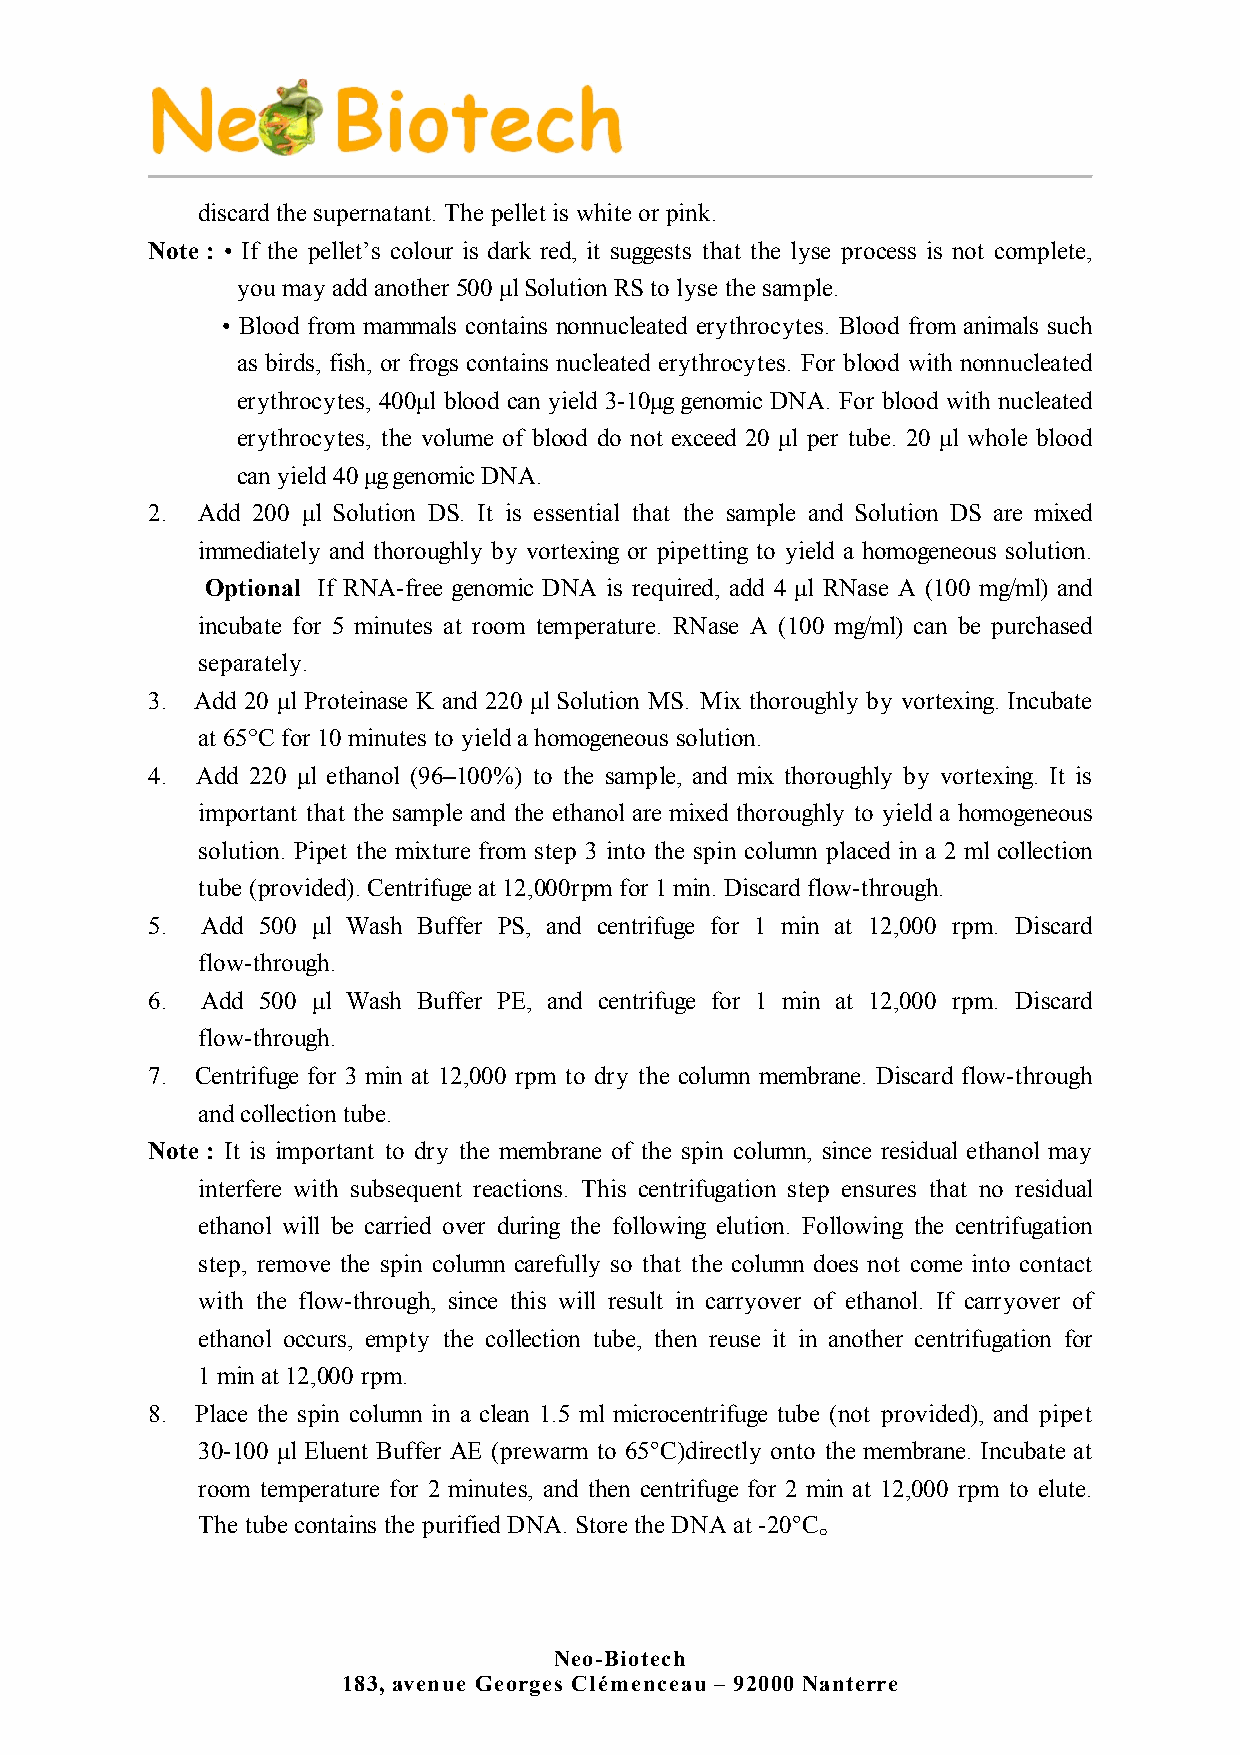
discard the supernatant. The pellet is white or pink.
 Note : • If the pellet’s colour is dark red, it suggests that the lyse process is not complete,
 you may add another 500 µl Solution RS to lyse the sample.
 • Blood from mammals contains nonnucleated erythrocytes. Blood from animals such
 as birds, fish, or frogs contains nucleated erythrocytes. For blood with nonnucleated
 erythrocytes, 400µl blood can yield 3-10µg genomic DNA. For blood with nucleated
 erythrocytes, the volume of blood do not exceed 20 µl per tube. 20 µl whole blood
 can yield 40 µg genomic DNA.
 2. Add 200 µl Solution DS. It is essential that the sample and Solution DS are mixed
 immediately and thoroughly by vortexing or pipetting to yield a homogeneous solution.
 Optional If RNA-free genomic DNA is required, add 4 µl RNase A (100 mg/ml) and
 incubate for 5 minutes at room temperature. RNase A (100 mg/ml) can be purchased
 separately.
 3. Add 20 µl Proteinase K and 220 µl Solution MS. Mix thoroughly by vortexing. Incubate
 at 65°C for 10 minutes to yield a homogeneous solution.
 4. Add 220 µl ethanol (96–100%) to the sample, and mix thoroughly by vortexing. It is
 important that the sample and the ethanol are mixed thoroughly to yield a homogeneous
 solution. Pipet the mixture from step 3 into the spin column placed in a 2 ml collection
 tube (provided). Centrifuge at 12,000rpm for 1 min. Discard flow-through.
 5. Add 500 µl Wash Buffer PS, and centrifuge for 1 min at 12,000 rpm. Discard
 flow-through.
 6. Add 500 µl Wash Buffer PE, and centrifuge for 1 min at 12,000 rpm. Discard
 flow-through.
 7. Centrifuge for 3 min at 12,000 rpm to dry the column membrane. Discard flow-through
 and collection tube.
 Note : It is important to dry the membrane of the spin column, since residual ethanol may
 interfere with subsequent reactions. This centrifugation step ensures that no residual
 ethanol will be carried over during the following elution. Following the centrifugation
 step, remove the spin column carefully so that the column does not come into contact
 with the flow-through, since this will result in carryover of ethanol. If carryover of
 ethanol occurs, empty the collection tube, then reuse it in another centrifugation for
 1 min at 12,000 rpm.
 8. Place the spin column in a clean 1.5 ml microcentrifuge tube (not provided), and pipet
 30-100 µl Eluent Buffer AE (prewarm to 65℃)directly onto the membrane. Incubate at
 room temperature for 2 minutes, and then centrifuge for 2 min at 12,000 rpm to elute.
 The tube contains the purified DNA. Store the DNA at -20℃。
 Neo-Biotech
 183, avenue Georges Clémenceau – 92000 Nanterre